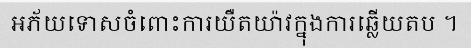
អភ័យទោសចំពោះការយឺតយ៉ាវក្នុងការឆ្លើយតប ។